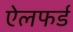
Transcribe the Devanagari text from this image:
ऐलफर्ड